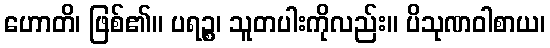
ဟောတိ၊ ဖြစ်၏။ ပရဉ္စ၊ သူတပါးကိုလည်း။ ပိသုဏဝါစာယ၊